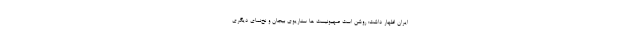
ایران اظهار داشت: روشن است صهیونیست ها سناریوی بیجان و نخ‌نمای دیگری